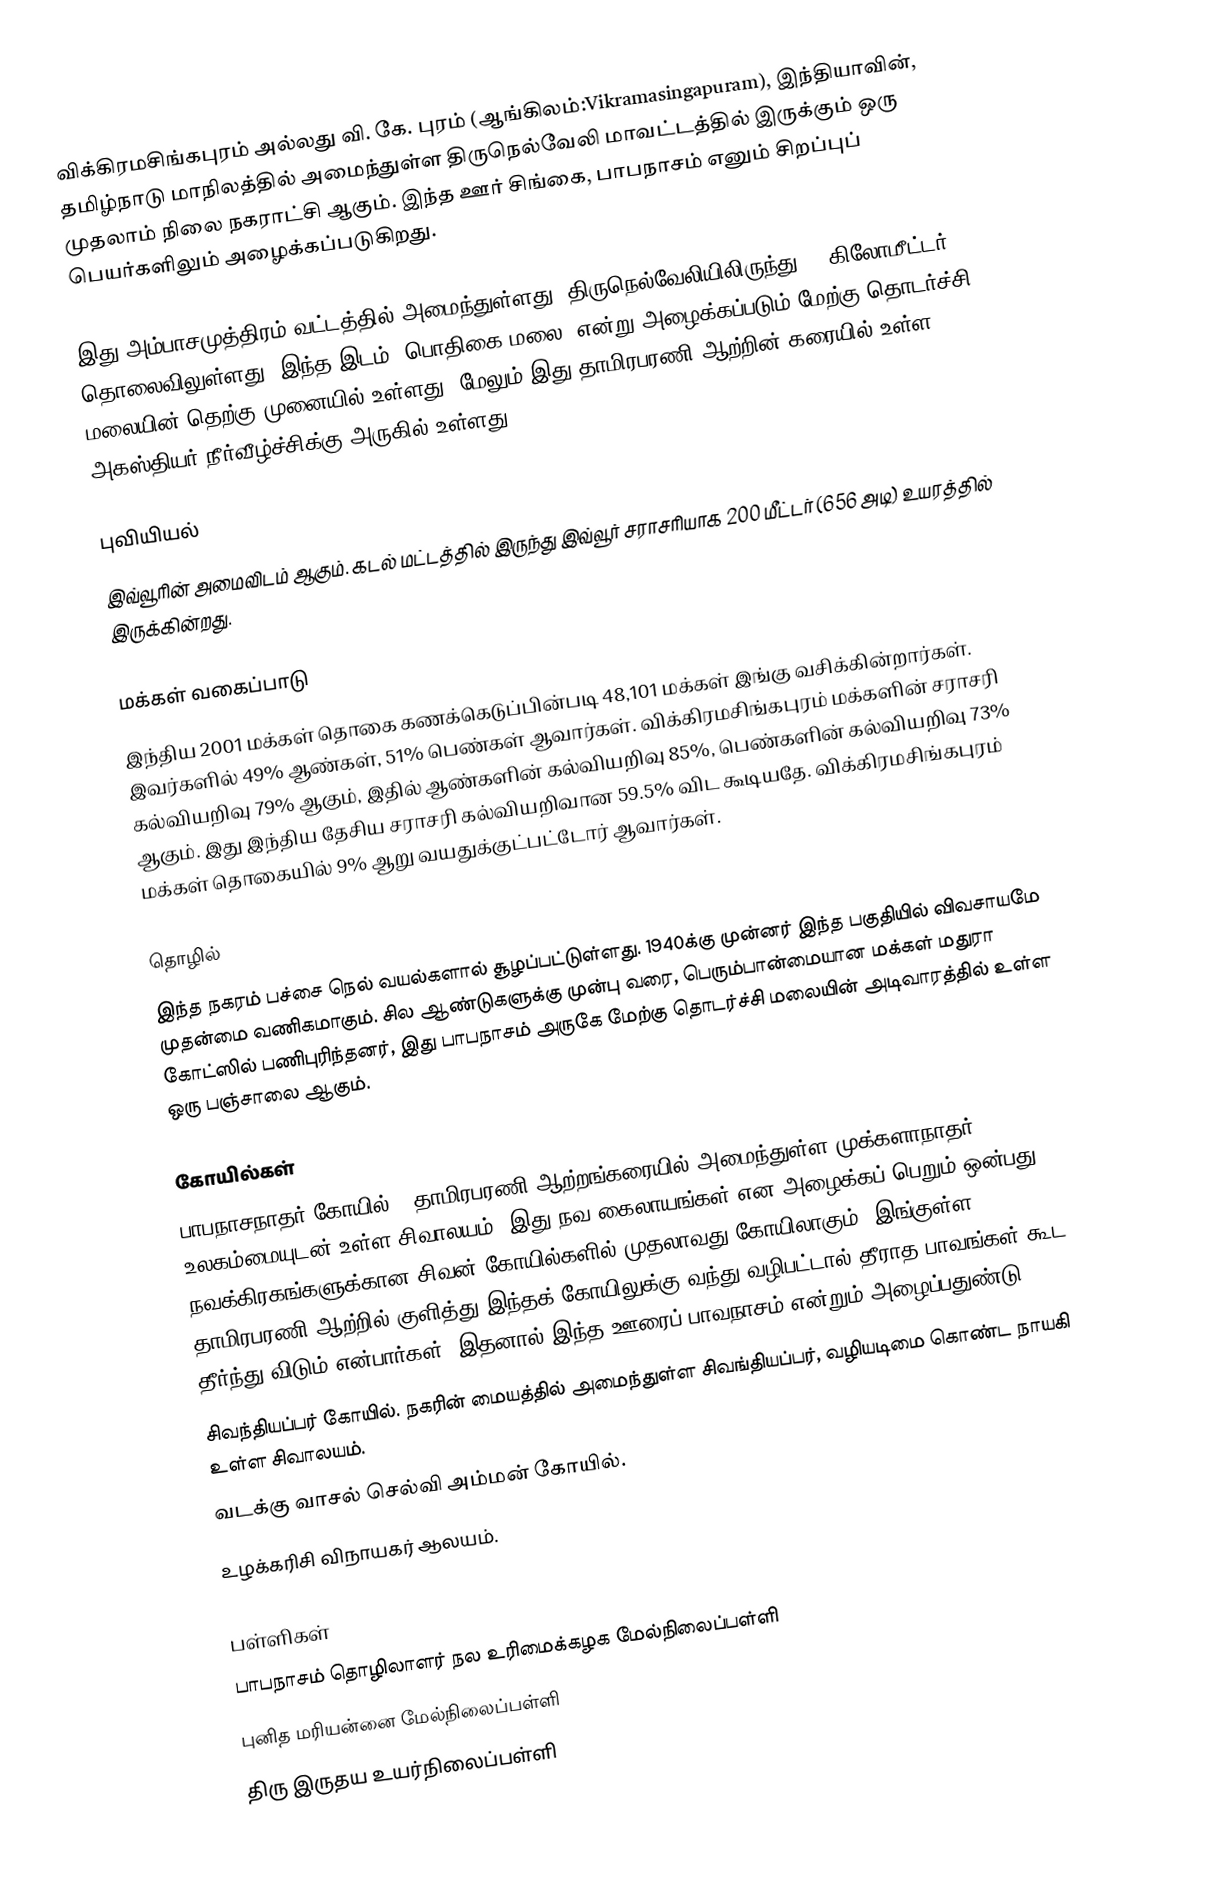
விக்கிரமசிங்கபுரம் அல்லது வி. கே. புரம் (ஆங்கிலம்:Vikramasingapuram), இந்தியாவின், தமிழ்நாடு மாநிலத்தில் அமைந்துள்ள திருநெல்வேலி மாவட்டத்தில் இருக்கும் ஒரு முதலாம் நிலை நகராட்சி ஆகும். இந்த ஊர் சிங்கை, பாபநாசம் எனும் சிறப்புப் பெயர்களிலும் அழைக்கப்படுகிறது.

இது அம்பாசமுத்திரம் வட்டத்தில் அமைந்துள்ளது. திருநெல்வேலியிலிருந்து 46 கிலோமீட்டர் தொலைவிலுள்ளது. இந்த இடம் "பொதிகை மலை" என்று அழைக்கப்படும் மேற்கு தொடர்ச்சி மலையின் தெற்கு முனையில் உள்ளது. மேலும் இது தாமிரபரணி ஆற்றின் கரையில் உள்ள அகஸ்தியர் நீர்வீழ்ச்சிக்கு அருகில் உள்ளது.

புவியியல்
இவ்வூரின் அமைவிடம்  ஆகும். கடல் மட்டத்தில் இருந்து இவ்வூர் சராசரியாக 200 மீட்டர் (656 அடி) உயரத்தில் இருக்கின்றது.

மக்கள் வகைப்பாடு
இந்திய 2001 மக்கள் தொகை கணக்கெடுப்பின்படி 48,101 மக்கள் இங்கு வசிக்கின்றார்கள். இவர்களில் 49% ஆண்கள், 51% பெண்கள் ஆவார்கள். விக்கிரமசிங்கபுரம் மக்களின் சராசரி கல்வியறிவு 79% ஆகும்,  இதில் ஆண்களின் கல்வியறிவு 85%,  பெண்களின் கல்வியறிவு 73% ஆகும். இது இந்திய தேசிய சராசரி கல்வியறிவான 59.5% விட கூடியதே. விக்கிரமசிங்கபுரம் மக்கள் தொகையில் 9%  ஆறு வயதுக்குட்பட்டோர் ஆவார்கள்.

தொழில்
இந்த நகரம் பச்சை நெல் வயல்களால் சூழப்பட்டுள்ளது. 1940க்கு முன்னர் இந்த பகுதியில் விவசாயமே முதன்மை வணிகமாகும். சில ஆண்டுகளுக்கு முன்பு வரை, பெரும்பான்மையான மக்கள் மதுரா கோட்ஸில் பணிபுரிந்தனர், இது பாபநாசம் அருகே மேற்கு தொடர்ச்சி மலையின் அடிவாரத்தில் உள்ள ஒரு பஞ்சாலை ஆகும்.

கோயில்கள்
 பாபநாசநாதர் கோயில் - தாமிரபரணி ஆற்றங்கரையில் அமைந்துள்ள முக்களாநாதர், உலகம்மையுடன் உள்ள சிவாலயம். இது நவ கைலாயங்கள் என அழைக்கப் பெறும் ஒன்பது நவக்கிரகங்களுக்கான சிவன் கோயில்களில் முதலாவது கோயிலாகும். இங்குள்ள தாமிரபரணி ஆற்றில் குளித்து இந்தக் கோயிலுக்கு வந்து வழிபட்டால் தீராத பாவங்கள் கூட தீர்ந்து விடும் என்பார்கள். இதனால் இந்த ஊரைப் பாவநாசம் என்றும் அழைப்பதுண்டு.
 சிவந்தியப்பர் கோயில். நகரின் மையத்தில் அமைந்துள்ள சிவங்தியப்பர், வழியடிமை கொண்ட நாயகி உள்ள சிவாலயம்.
 வடக்கு வாசல் செல்வி அம்மன் கோயில்.
 உழக்கரிசி விநாயகர் ஆலயம்.

பள்ளிகள்
 பாபநாசம் தொழிலாளர் நல உரிமைக்கழக மேல்நிலைப்பள்ளி
 புனித மரியன்னை மேல்நிலைப்பள்ளி
 திரு இருதய உயர்நிலைப்பள்ளி